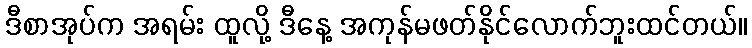
ဒီစာအုပ်က အရမ်း ထူလို့ ဒီနေ့ အကုန်မဖတ်နိုင်လောက်ဘူးထင်တယ်။